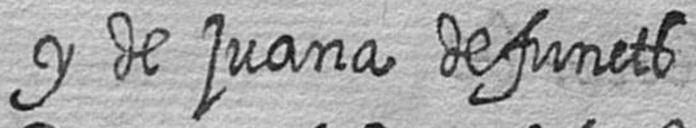
y de juana defuncts